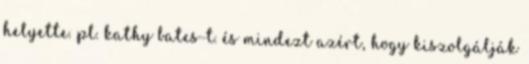
helyette. pl. kathy bates-t. és mindezt azért, hogy kiszolgálják